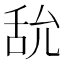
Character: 𦧊